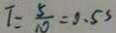
T = \frac { 5 } { 1 0 } = 0 . 5 s